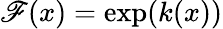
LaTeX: \mathscr{F}(x)=\exp(k(x))